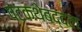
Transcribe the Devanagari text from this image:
पटकथेबद्दल